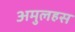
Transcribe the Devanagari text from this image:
अमुलहस